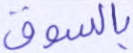
بالسوق